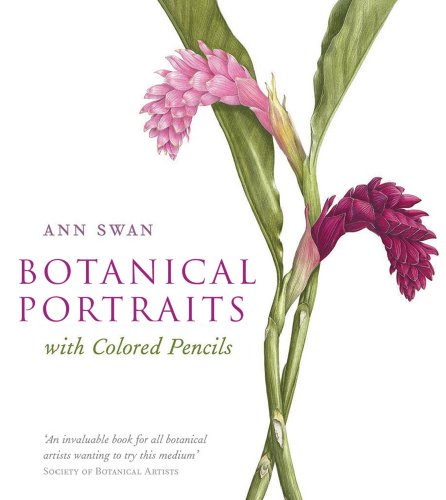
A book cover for Botanical Portraits with Colored Pencils; Ann Swan; Arts & Photography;